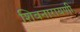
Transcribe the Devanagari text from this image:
शिवनारायणी